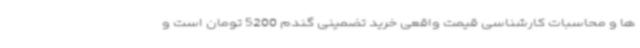
ها و محاسبات کارشناسی قیمت واقعی خرید تضمینی گندم 5200 تومان است و